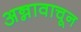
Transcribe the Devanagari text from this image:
अन्नावाचून